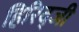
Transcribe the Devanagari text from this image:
हिरिद्जी